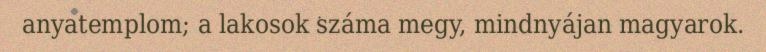
anyatemplom; a lakosok száma megy, mindnyájan magyarok.